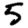
Digit: 5